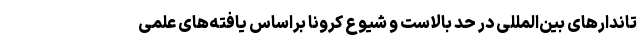
تاندارهای بین‌المللی در حد بالاست و شیوع کرونا براساس یافته‌های علمی